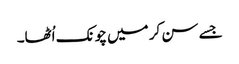
جسے سن کر میں چونک اُٹھا۔